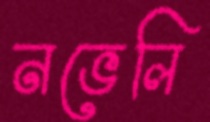
নভেলি